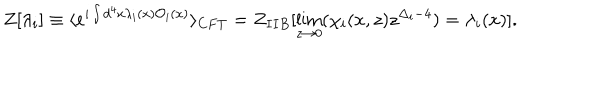
Z [ \lambda _ { i } ] \equiv \langle e ^ { i \int d ^ { 4 } x \lambda _ { i } ( x ) { \cal O } _ { i } ( x ) } \rangle _ { C F T } = Z _ { I I B } [ \lim _ { z \to 0 } ( \chi _ { i } ( x , z ) z ^ { \Delta _ { i } - 4 } ) = \lambda _ { i } ( x ) ] .